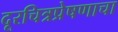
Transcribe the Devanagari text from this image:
दूरचित्रप्रेषणाचा